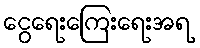
ငွေရေးကြေးရေးအရ